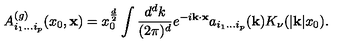
A _ { i _ { 1 } \ldots i _ { p } } ^ { ( g ) } ( x _ { 0 } , { \bf x } ) = x _ { 0 } ^ { \frac { d } { 2 } } \int { \frac { d ^ { d } k } { ( 2 \pi ) ^ { d } } } e ^ { - i { \bf k } \cdot { \bf x } } a _ { i _ { 1 } \ldots i _ { p } } ( { \bf k } ) K _ { \nu } ( | { \bf k } | x _ { 0 } ) .